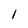
Character: 1